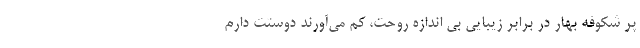
پر شکوفه بهار در برابر زیبایی بی اندازه روحت، کم می‌آورند دوستت دارم